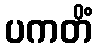
ပကတိံ